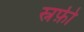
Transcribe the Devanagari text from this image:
स्नफ़ी